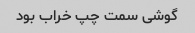
گوشی سمت چپ خراب بود